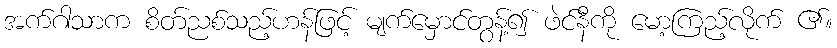
အက်ဂါသာက စိတ်ညစ်သည့်ဟန်ဖြင့် မျက်မှောင်တွန့်၍ ဖဲင်နီကို မော့ကြည့်လိုက် ၏။